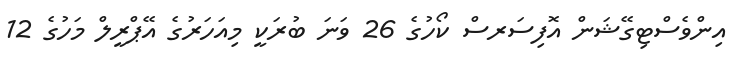
އިންވެސްޓިގޭޝަން އޮފިސަރސް ކޯހުގެ 26 ވަނަ ބުރަކީ މިއަހަރުގެ އޭޕްރީލް މަހުގެ 12